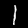
Label: 1